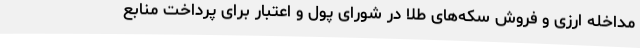
مداخله ارزی و فروش سکه‌های طلا در شورای پول و اعتبار برای پرداخت منابع